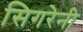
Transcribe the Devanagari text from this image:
सिगरेनी